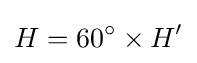
H=60^{\circ }\times H'